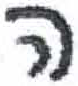
אות: ה